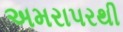
અમરાપરથી